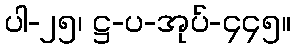
ပါ-၂၅၊ ဋ္ဌ-ပ-အုပ်-၄၄၅။